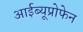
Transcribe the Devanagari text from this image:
आईब्यूप्रोफेन